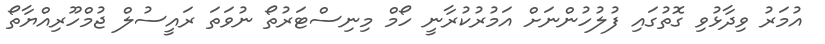
އުމަރު ވިދާޅުވި ގޮތުގައި ފުލުހުންނަށް އަމުރުކުރާނީ ހޯމް މިނިސްޓަރުތޯ ނުވަތަ ރައީސުލް ޖުމްހޫރިއްޔާތޯ